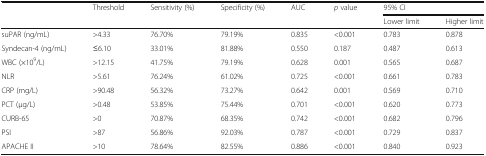
<table><thead><tr><td rowspan="2"></td><td rowspan="2"><b>Threshold</b></td><td rowspan="2"><b>Sensitivity (%)</b></td><td rowspan="2"><b>Specificity (%)</b></td><td rowspan="2"><b>AUC</b></td><td rowspan="2"><b><i>p</i> value</b></td><td colspan="2"><b>95% CI</b></td></tr><tr><td><b>Lower limit</b></td><td><b>Higher limit</b></td></tr></thead><tbody><tr><td>suPAR (ng/mL)</td><td>&gt;4.33</td><td>76.70%</td><td>79.19%</td><td>0.835</td><td>&lt;0.001</td><td>0.783</td><td>0.878</td></tr><tr><td>Syndecan-4 (ng/mL)</td><td>≤6.10</td><td>33.01%</td><td>81.88%</td><td>0.550</td><td>0.187</td><td>0.487</td><td>0.613</td></tr><tr><td>WBC (×10<sup>9</sup>/L)</td><td>&gt;12.15</td><td>41.75%</td><td>79.19%</td><td>0.628</td><td>0.001</td><td>0.565</td><td>0.687</td></tr><tr><td>NLR</td><td>&gt;5.61</td><td>76.24%</td><td>61.02%</td><td>0.725</td><td>&lt;0.001</td><td>0.661</td><td>0.783</td></tr><tr><td>CRP (mg/L)</td><td>&gt;90.48</td><td>56.32%</td><td>73.27%</td><td>0.642</td><td>0.001</td><td>0.569</td><td>0.710</td></tr><tr><td>PCT (μg/L)</td><td>&gt;0.48</td><td>53.85%</td><td>75.44%</td><td>0.701</td><td>&lt;0.001</td><td>0.620</td><td>0.773</td></tr><tr><td>CURB-65</td><td>&gt;0</td><td>70.87%</td><td>68.35%</td><td>0.742</td><td>&lt;0.001</td><td>0.682</td><td>0.796</td></tr><tr><td>PSI</td><td>&gt;87</td><td>56.86%</td><td>92.03%</td><td>0.787</td><td>&lt;0.001</td><td>0.729</td><td>0.837</td></tr><tr><td>APACHE II</td><td>&gt;10</td><td>78.64%</td><td>82.55%</td><td>0.886</td><td>&lt;0.001</td><td>0.840</td><td>0.923</td></tr></tbody></table>